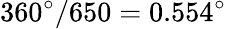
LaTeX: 360^{\circ}/650=0.554^{\circ}